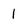
Character: 1